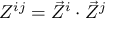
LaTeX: Z ^ { i j } = { \vec { Z } } ^ { i } \cdot { \vec { Z } } ^ { j }